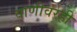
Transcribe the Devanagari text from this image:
वाणीवरही